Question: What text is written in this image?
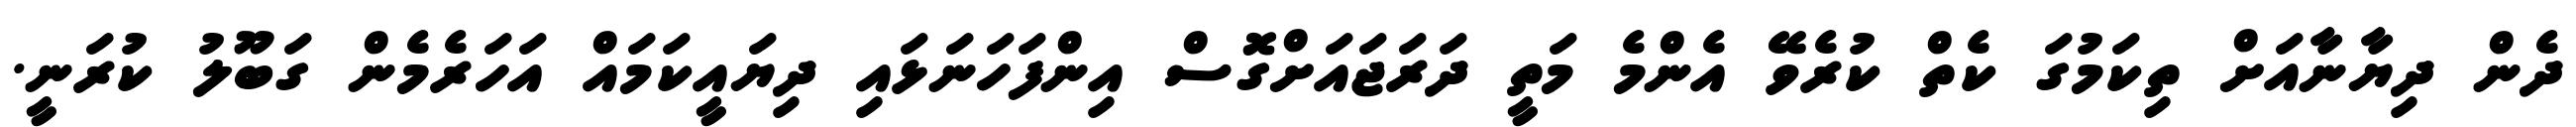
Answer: ދެން ދިޔާނާއަށް ތިކަމުގަ ކެތް ކުރެވޭ އެންމެ މަތީ ދަރަޖައަށްގޮސް އިންފަހަނަޅައި ދިޔައީކަމައް އަހަރެމެން ގަބޫލު ކުރަނީ.